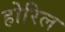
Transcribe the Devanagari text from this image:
होरिल